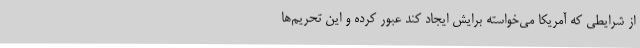
از شرایطی که آمریکا می‌خواسته برایش ایجاد کند عبور کرده و این تحریم‌ها